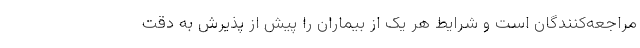
مراجعه‌کنندگان است و شرایط هر یک از بیماران را پیش از پذیرش به دقت